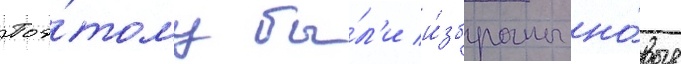
Поэ́тому бы́л'и и́збраны но́вые